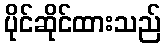
ပိုင်ဆိုင်ထားသည်